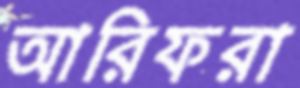
আরিফরা